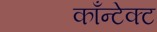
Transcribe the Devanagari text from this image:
काँन्टेक्ट